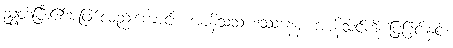
ညွတ်ပြီး၏အဖြစ်လည်းကောင်း။ အာနိသံသ ဒဿနေန၊ အာနိသင်ကို ပြခြင်းနှင့်။